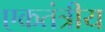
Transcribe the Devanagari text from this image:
एकतंत्रीय